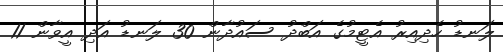
ލަނޑު ހެދިއިރު އެޓީމުގެ އަބްދު ސައުދާން 30 ލަނޑު އަދި އީވާން 11